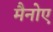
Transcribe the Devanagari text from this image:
मैनोए